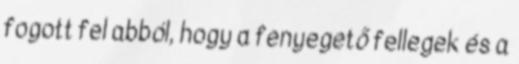
fogott fel abból, hogy a fenyegető fellegek és a